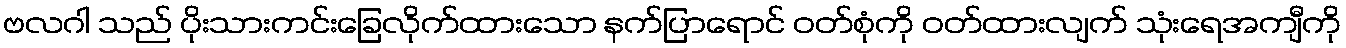
ဗလဂါ သည် ပိုးသားကင်းခြေလိုက်ထားသော နက်ပြာရောင် ဝတ်စုံကို ဝတ်ထားလျက် သုံးရေအကျီကို